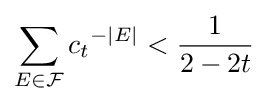
\sum _{E\in {\mathcal {F}}}{c_{t}}^{-|E|}<{1 \over 2-2t}